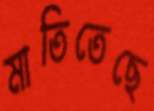
মাতিতেছে